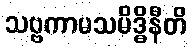
သဗ္ဗကာမသမိဒ္ဓိနီတိ